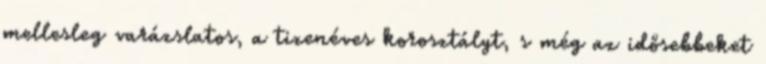
mellesleg varázslatos, a tizenéves korosztályt, s még az idősebbeket